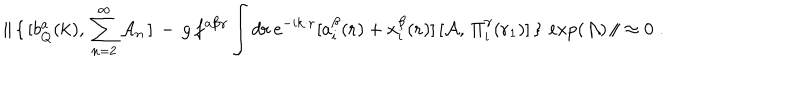
LaTeX: { \| } \, \{ \, [ b _ { Q } ^ { a } ( { \bf { k } } ) , \, \sum _ { n = 2 } ^ { \infty } { \cal A } _ { n } \, ] \, - \, g \, f ^ { a \beta \gamma } \int d { \bf { r } } \, e ^ { - i { \bf { k \cdot r } } } [ a _ { i } ^ { \beta } ( { \bf { r } } ) + x _ { i } ^ { \beta } ( { \bf { r } } ) ] \, [ { \cal A } , \, \Pi _ { i } ^ { \gamma } ( { \bf r } _ { 1 } ) ] \, \} \, \exp ( { \cal A } ) \, { \| } \approx 0 \; .